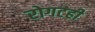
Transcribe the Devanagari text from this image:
रोगटही